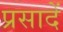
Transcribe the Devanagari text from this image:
प्रसादें